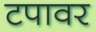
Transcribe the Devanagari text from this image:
टपावर